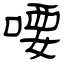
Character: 喓